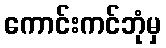
ကောင်းကင်ဘုံမှ